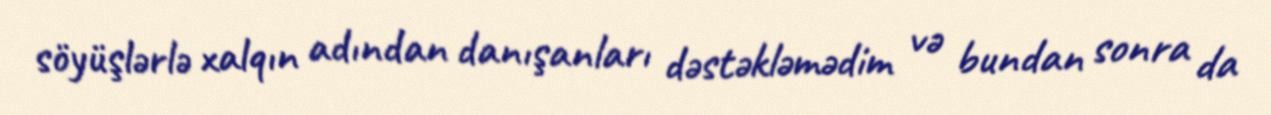
söyüşlərlə xalqın adından danışanları dəstəkləmədim və bundan sonra da